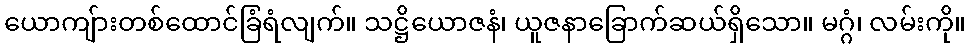
ယောကျ်ားတစ်ထောင်ခြံရံလျက်။ သဋ္ဌိယောဇနံ၊ ယူဇနာခြောက်ဆယ်ရှိသော။ မဂ္ဂံ၊ လမ်းကို။